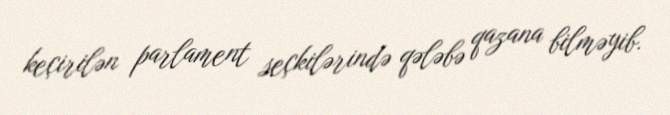
keçirilən parlament seçkilərində qələbə qazana bilməyib.